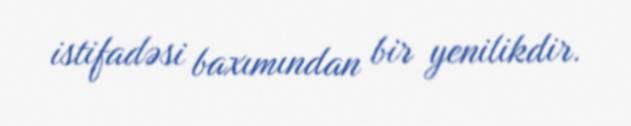
istifadəsi baxımından bir yenilikdir.